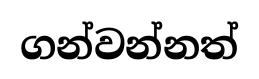
ගන්වන්නත්